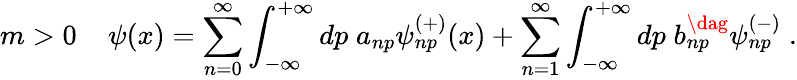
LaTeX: m>0\; \; \; \; \psi(x)=\sum_{n=0}^{\infty}\int_{-\infty}^{+\infty}dp\; a_{np}\psi_{np}^{(+)}(x)+\sum_{n=1}^{\infty}\int_{-\infty}^{+\infty}dp\; b_{np}^{\dag}\psi_{np}^{(-)}\; .